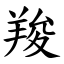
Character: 羧